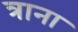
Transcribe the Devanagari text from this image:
त्राना